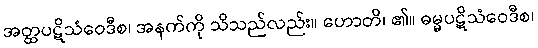
အတ္ထပဋိသံဝေဒီစ၊ အနက်ကို သိသည်လည်း။ ဟောတိ၊ ၏။ ဓမ္မပဋိသံဝေဒီစ၊